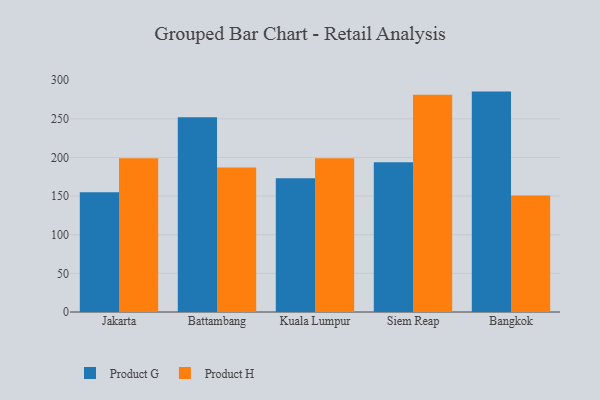
{"axis": {"x": "City", "y": "Humidity (%)"}, "legend": ["Product G", "Product H"], "data": [{"x": "Jakarta", "y": 154.9, "type": "Product G"}, {"x": "Jakarta", "y": 198.8, "type": "Product H"}, {"x": "Battambang", "y": 252.0, "type": "Product G"}, {"x": "Battambang", "y": 187.1, "type": "Product H"}, {"x": "Kuala Lumpur", "y": 173.2, "type": "Product G"}, {"x": "Kuala Lumpur", "y": 198.8, "type": "Product H"}, {"x": "Siem Reap", "y": 193.8, "type": "Product G"}, {"x": "Siem Reap", "y": 281.2, "type": "Product H"}, {"x": "Bangkok", "y": 285.2, "type": "Product G"}, {"x": "Bangkok", "y": 150.7, "type": "Product H"}]}